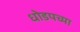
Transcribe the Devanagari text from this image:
धोडपच्या